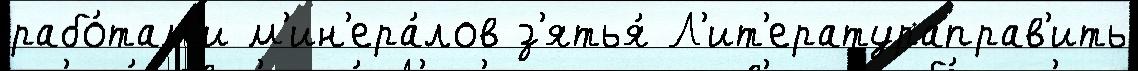
рабо́там'и м'ин'ера́лов з'ятья́ Л'ит'ератураправ'ить